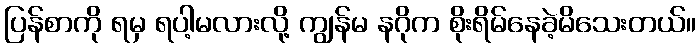
ပြန်စာကို ရမှ ရပါ့မလားလို့ ကျွန်မ နဂိုက စိုးရိမ်နေခဲ့မိသေးတယ်။